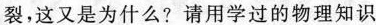
裂，这又是为什么?请用学过的物理知识